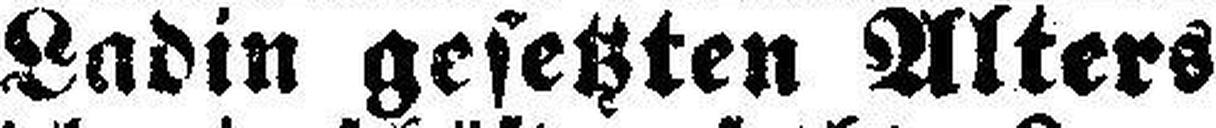
Ladin gesetzten Alters